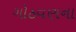
ગોઠવણના